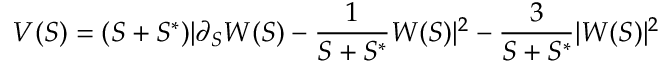
V ( S ) = ( S + S ^ { * } ) | \partial _ { S } W ( S ) - \frac { 1 } { S + S ^ { * } } W ( S ) | ^ { 2 } - \frac { 3 } { S + S ^ { * } } | W ( S ) | ^ { 2 }